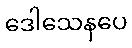
ဒေါသေနပေ